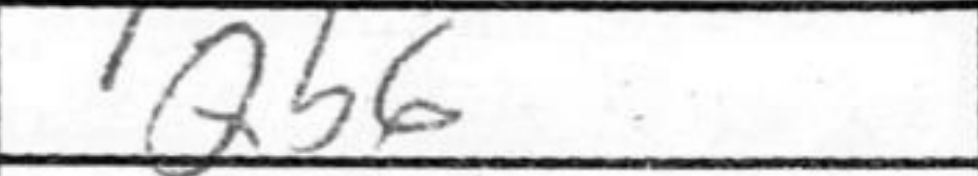
Transcription: Qb6